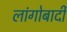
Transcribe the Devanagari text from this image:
लांगोबार्दी